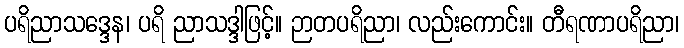
ပရိညာသဒ္ဒေန၊ ပရိ ညာသဒ္ဒါဖြင့်။ ဉာတပရိညာ၊ လည်းကောင်း။ တီရဏာပရိညာ၊